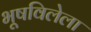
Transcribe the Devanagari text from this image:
भूषविलेला